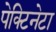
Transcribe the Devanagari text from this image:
पेक्टिनेटा